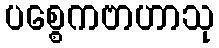
ပစ္စေကဗာဟာသု